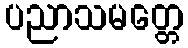
ပညာသမတ္တေ